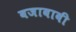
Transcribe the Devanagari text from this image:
बजावावी